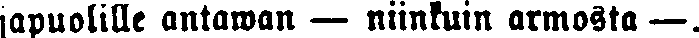
japuolille antawan — niinkuin armosta —.